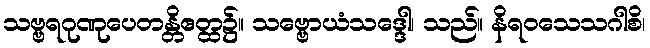
သဗ္ဗရဂုဏုပေတန္တိဧတ္ထ၌။ သဗ္ဗောယံသဒ္ဒေါ၊ သည်။ နိရဝသေသဂါစိ၊